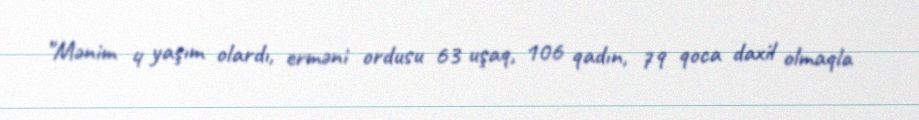
"Mənim 4 yaşım olardı, erməni ordusu 63 uşaq, 106 qadın, 79 qoca daxil olmaqla